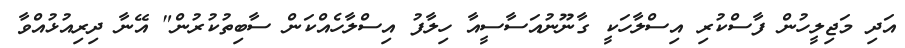
އަދި މަޖިލީހުން ފާސްކުރި އިސްލާހަކީ ގާނޫނުއަސާސީއާ ހިލާފު އިސްލާހެއްކަން ސާބިތުކުރުން" އޭނާ ދިރިއުޅުއްވާ